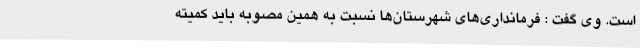
است. وی گفت : فرمانداری‌های شهرستان‌ها نسبت به همین مصوبه باید کمیته